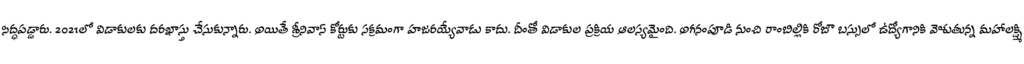
సిద్ధపడ్డారు. 2021లో విడాకులకు దరఖాస్తు చేసుకున్నారు. అయితే శ్రీనివాస్ కోర్టుకు సక్రమంగా హజరయ్యేవాడు కాదు. దీంతో విడాకుల ప్రక్రియ ఆలస్యమైంది. అగనంపూడి నుంచి రాంబిల్లికి రోజూ బస్సులో ఉద్యోగానికి వెళుతున్న మహాలక్ష్మి